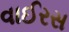
વાઈરસ